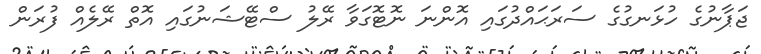
ޖަޕާނުގެ ހުޅަނގުގެ ސަރަޙައްދުގައި އޮންނަ ނޮޓޮގަވާ ރޭލު ސްޓޭޝަނުގައި އޮތް ރޭލެއް ފުރަން